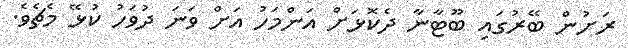
ރަށުން ބޭރުގައި ބޫޓާނާ ދެކޮޅަށް އަންމަހު އަށް ވަނަ ދުވަހު ކުޅޭ މެޗެވެ.